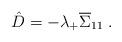
LaTeX: \begin{align*}\hat{D}=-\lambda_+\overline{\Sigma}_{11} \;. \end{align*}